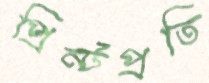
প্রিন্টপ্রতি